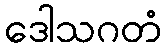
ဒေါသဂတံ